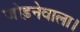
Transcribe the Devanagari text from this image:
जोड़नेवाला।